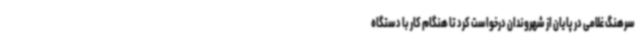
سرهنگ غلامی در پایان از شهروندان درخواست کرد تا هنگام کار با دستگاه